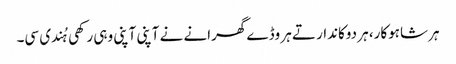
ہر شاہوکار، ہر دوکاندار تے ہر وڈے گھرانے نے آپنی آپنی وہی رکھی ہُندی سی۔